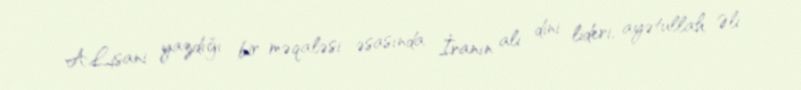
A.Lisani yazdığı bir məqaləsi əsasında İranın ali dini lideri, ayətullah Əli